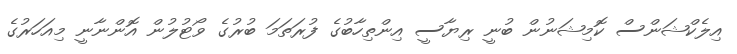
އިލެކްޝަންސް ކޮމިޝަނުން ބުނީ ރިޔާސީ އިންތިހާބުގެ ފުރަތަމަ ބުރުގެ ވޯޓުލުން އޮންނާނީ މިއަހަރުގެ